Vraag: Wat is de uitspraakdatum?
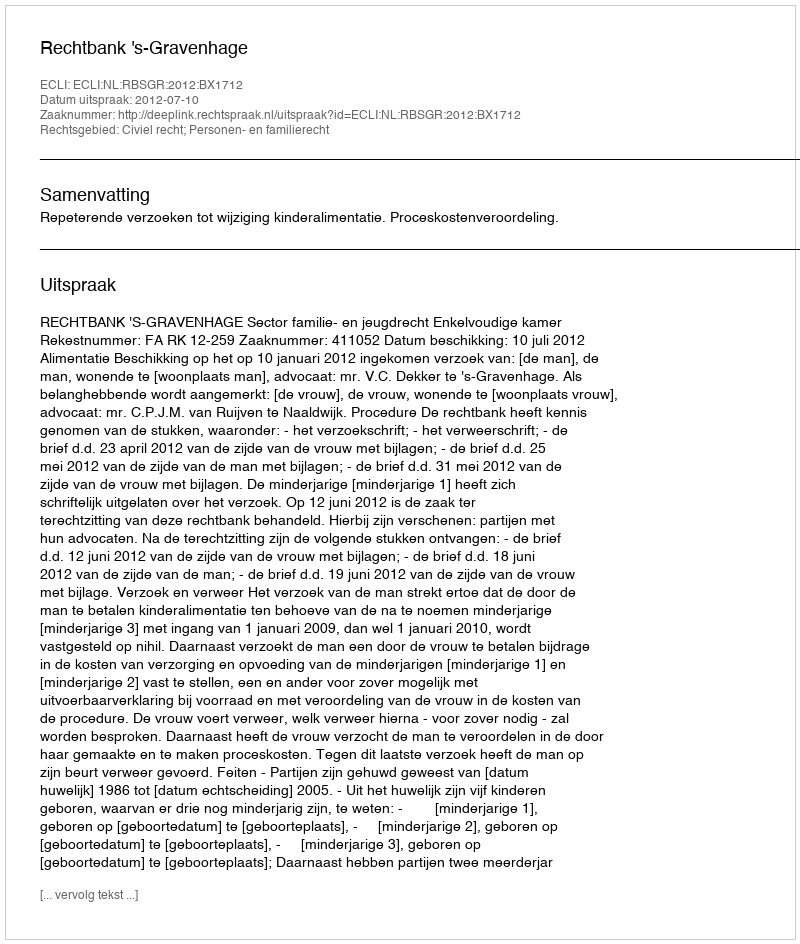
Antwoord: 2012-07-10